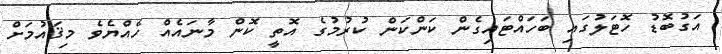
އަގުބޮޑު ހޮޓަލުގައި ބަހައްޓައިގެން ކަންކަން ކުރުމުގެ އޮތީ ކޮން މާނައެއް ހެއްޔެވެ މިޤައުމަށް